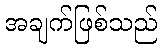
အချက်ဖြစ်သည်